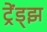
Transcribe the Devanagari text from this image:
ट्रेंड्‌झ